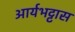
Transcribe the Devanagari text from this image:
आर्यभट्टास